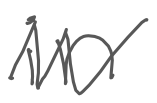
Text: in
Cross-out: zig-zag
Writing tool: digital_gray